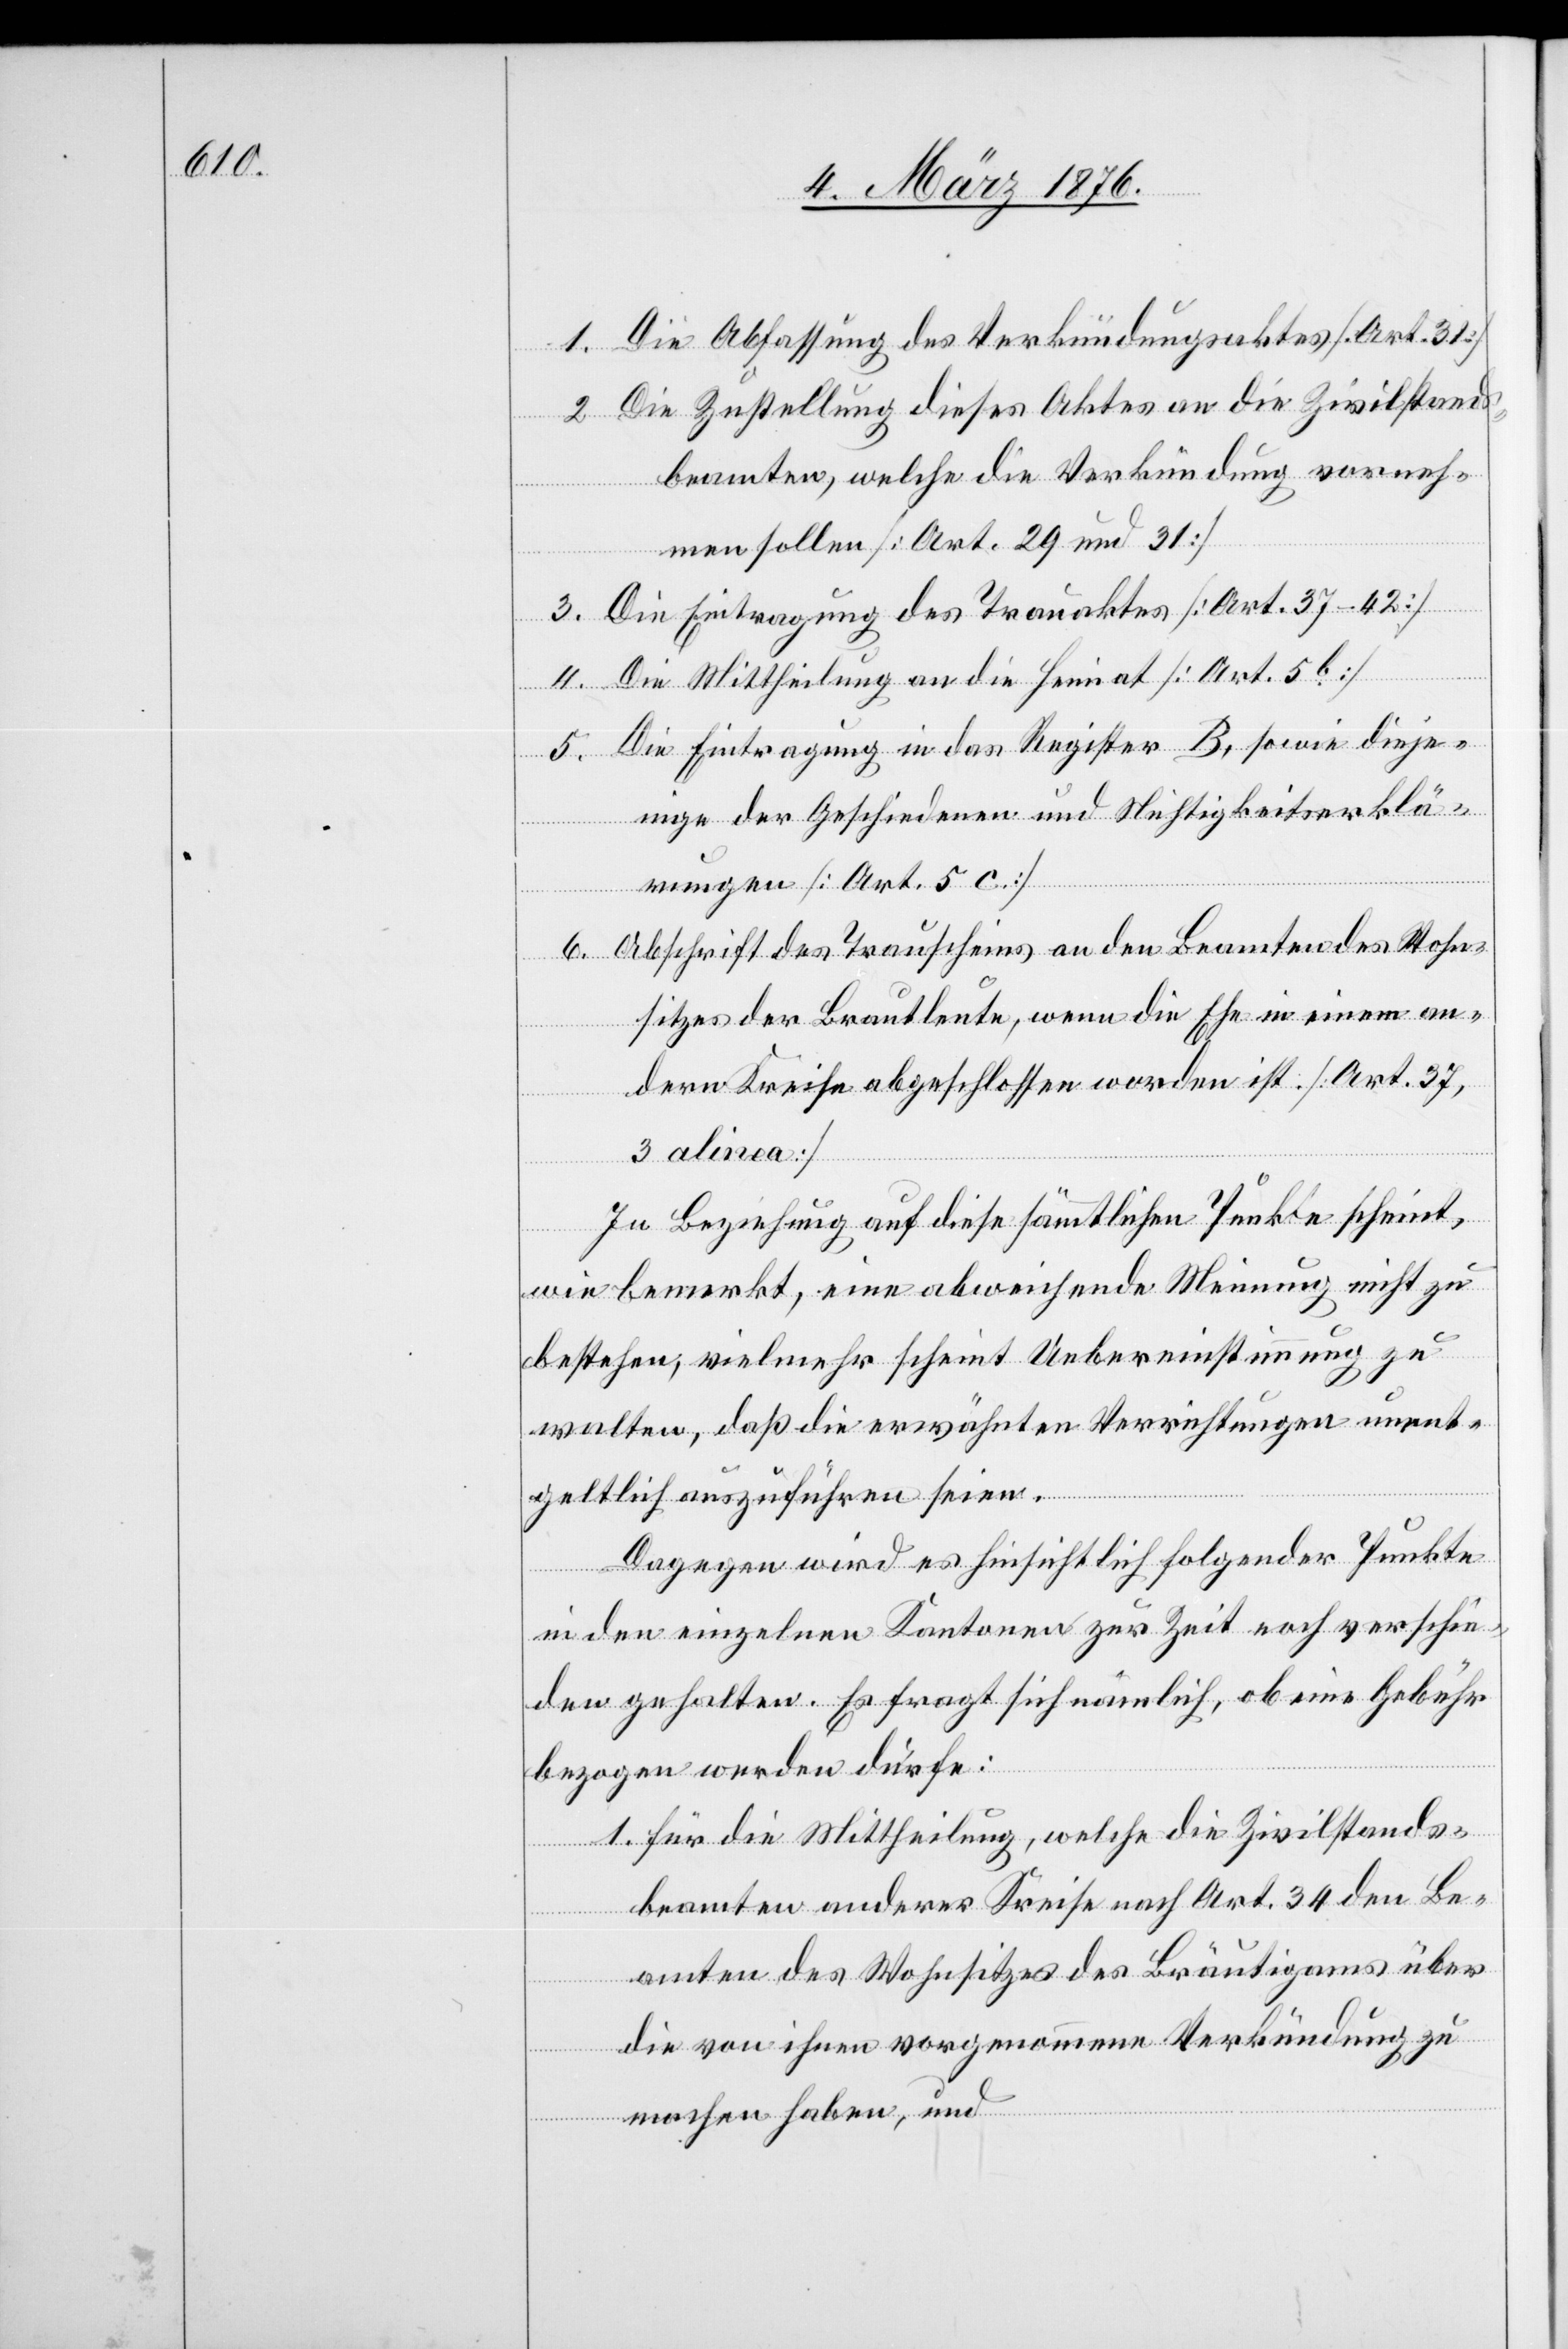
1. Die Abfassung des Verkündungsaktes [Art. 31]
2. Die Zustellung dieses Aktes an die Zivilstands¬
beamten, welche die Verkündung vorneh¬
men sollen [Art. 29 und 31]
3. Die Eintragung des Trauaktes [Art. 37–42]
4. Die Mittheilung an die Heimat [Art. 5b]
5. Die Eintragung in das Register B, sowie dieje¬
nige der Geschiedenen und Nichtigkeitserklä¬
rungen [Art. 5 c]
6. Abschrift des Trauscheins an den Beamten des Wohn¬
sitzes der Brautleute, wenn die Ehe in einem an¬
dern Kreise abgeschlossen worden ist. [Art. 37,
3 alinea]
In Beziehung auf diese sämmtlichen Punkte scheint,
wie bemerkt, eine abweichende Meinung nicht zu
bestehen, vielmehr scheint Uebereinstimmung zu
walten, daß die erwähnten Verrichtungen unent¬
geltlich auszuführen seien.
Dagegen wird es hinsichtlich folgender Punkte
in den einzelnen Kantonen zur Zeit noch verschie¬
den gehalten. Es fragt sich nämlich, ob eine Gebühr
bezogen werden dürfe:
1. für die Mittheilung, welche die Zivilstands¬
beamten anderer Kreise nach Art. 34 den Be¬
amten des Wohnsitzes des Bräutigams über
die von ihnen vorgenommenen Verkündung zu
machen haben, und